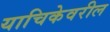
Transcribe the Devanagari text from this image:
याचिकेवरील